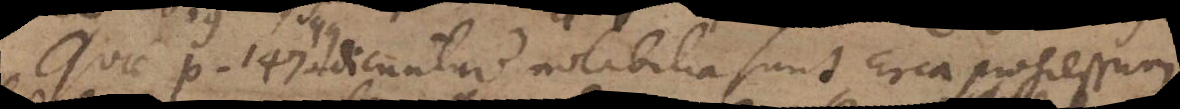
Quae p. 147 dicuntur notabilia sunt, circa progressum